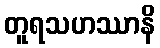
တူရသဟဿာနိ